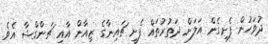
ދުވަހުން ފެށިގެން އަލަށް ދަތުރުތައް ފެށީ ޗައިނާގެ ޒިއާން އާއި ޗަންގްޝާ އެވެ.